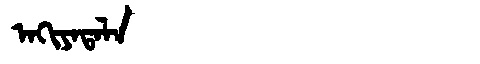
Manchu: ᠠᡴᡳᠶᠠᡨᠠᠯᠠ
Romanization: AKIYATALA